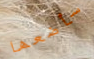
سأضعها